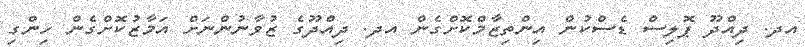
އދ. ދިއްދޫ ޕޮލިސް ޑެސްކުން އިންތިޒާމްކޮށްގެން އދ. ދިއްދޫގެ ޒުވާނުންނަށް އަމާޒުކޮށްގެން ހިންގި